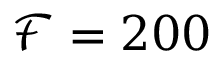
\mathcal { F } = 2 0 0